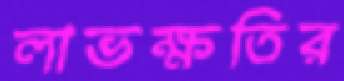
লাভক্ষতির